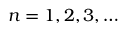
n = 1 , 2 , 3 , \ldots